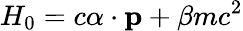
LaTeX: H_{0}=c{\mathbf\alpha}\cdot{\mathbf p}+\beta mc^{2}